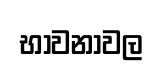
භාවනාවල